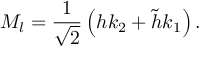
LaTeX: M _ { l } = \frac { 1 } { \sqrt { 2 } } \left( h k _ { 2 } + \tilde { h } k _ { 1 } \right) .